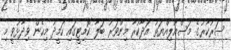
ސަރުކާރުގެ މަސްއޫލިއްޔަތު އަދާކުރާ މިންވަރު ބަލާ ކޮމިޓީގައި ހަމީދު މިހެން ވިދާޅުވީ މި